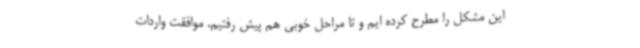
این مشکل را مطرح کرده ایم و تا مراحل خوبی هم پیش رفتیم. موافقت واردات